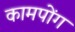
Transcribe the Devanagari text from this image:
कामपोंग